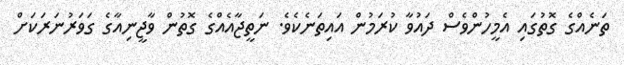
ތަނެއްގެ ގޮތުގައި އެމީހުންވެސް ދައުވާ ކުރަމުން އައިތަނެކެވެ. ނަތީޖާއެއްގެ ގޮތުން ވާޖީނިއާގެ ގަވަރުނަރަކަށް